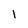
Character: 1